Indian journal of veterinary science and animal husbandry - Volume 11,
Year: 1941
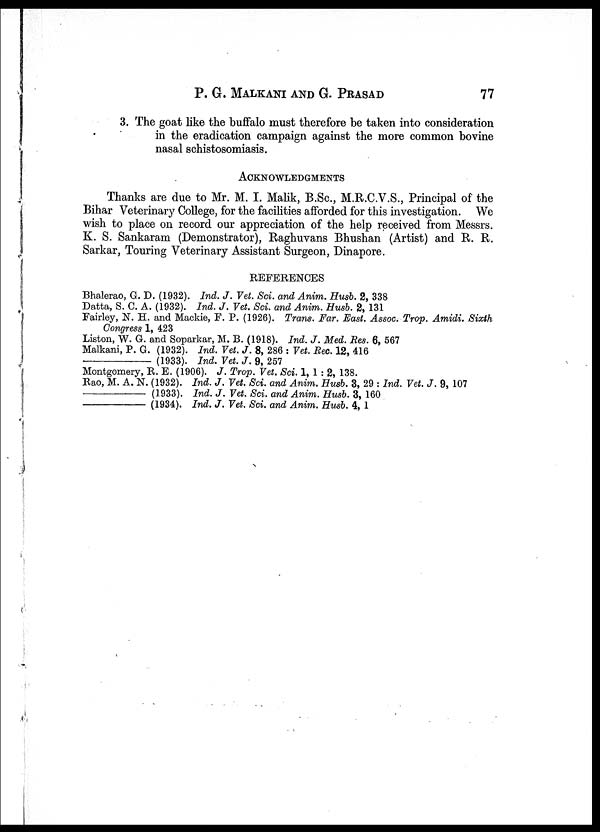
P. G. MALKANI AND G.
PRASAD
77
3. The goat like the buffalo must therefore be taken into consideration
in the eradication campaign against the more common bovine
nasal schistosomiasis.
ACKNOWLEDGMENTS
Thanks are due to Mr. M. I. Malik, B. Sc. , M. R. C. V. S. , Principal of the
Bihar Veterinary College, for the facilities afforded for this investigation. We
wish to place on record our appreciation of the help received from Messrs.
K. S. Sankaram (Demonstrator), Raghuvans Bhushan (Artist) and R. R.
Sarkar, Touring Veterinary Assistant Surgeon, Dinapore.
REFERENCES
Bhalerao, G. D. (1932). Ind. J. Vet. Sci. and Anim. Husb. 2, 338
Datta, S. C. A. (1932). Ind. J. Vet. Sci. and Anim. Husb. 2, 131
Fairley, N. H. and Mackie, F. P. (1926). Trans. Far. East. Assocc Trop. Amidi. Sixth
Congress 1, 423
Liston, W. G. and Soparkar, M. B. (1918). Ind. J. Med. Res. 6, 567
Malkani, P. G. (1932). Ind. Vet. J. 8, 286 : Vet. Rec. 12, 416
(1933). Ind. Vet. J. 9, 257
Montgomery, R. E. (1906). J. Trop. Vet. Sci. 1, 1 : 2, 138.
Rao, M. A. N. (1932). Ind. J. Vet. Sci. and Anim. Husb. 3, 29 : Ind. Vet. J. 9, 107
(1933). Ind. J. Vet. Sci. and Anim. Husb. 3, 160
(1934). Ind. J. Vet. Sci. and Anim. Husb. 4, 1